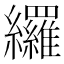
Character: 纙